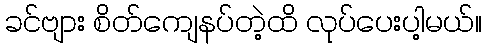
ခင်ဗျား စိတ်ကျေနပ်တဲ့ထိ လုပ်ပေးပါ့မယ်။